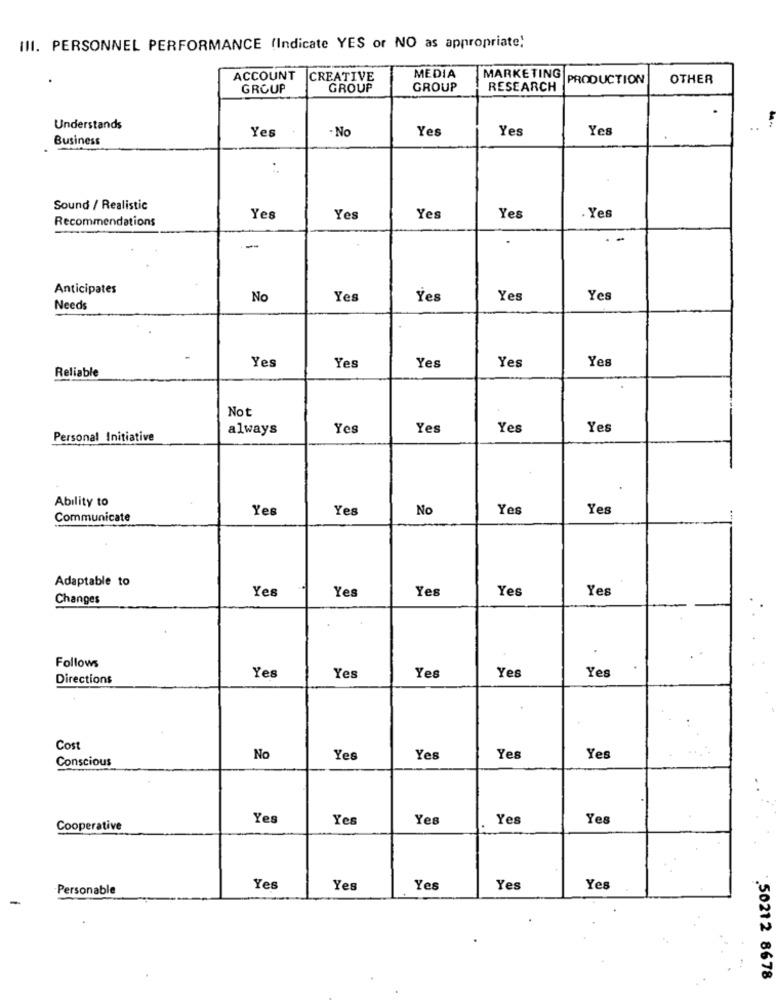
III. PERSONNEL PERFORMANCE (Indicate YES or NO as appropriate;
ACCOUNT
CREATIVE
MEDIA
MARKETING
PRODUCTION
OTHER
GROUP
GROUP
GROUP
RESEARCH
Understands
Yes
Yes
Yes
Yes
Business
- No
Sound / Realistic
Recommendations
Yes
Yes
Yes
Yes
Yes
.
Anticipates
No
Yes
Yes
Yes
Yes
Needs
Yes
Yes
Yes
Yes
Yes
Reliable
Not
always
Yes
Yes
Yes
Yes
Personal Initiative
Ability to
Yes
Yes
No
Yes
Yes
Communicate
Adaptable to
Yes
Yes
Yes
Yes
Yes
Changes
Follows
Directions
Yes
Yes
Yes
Yes
Yes
Cost
Conscious
No
Yes
Yes
Yes
Yes
Yes
Yes
Yer
Yes
Yes
Cooperative
Personable
Yes
Yes
Yes
Yes
Yes
.50212 8678